Vaccination in the Punjab 1867-1880 - 1867-1880
Year: 1867
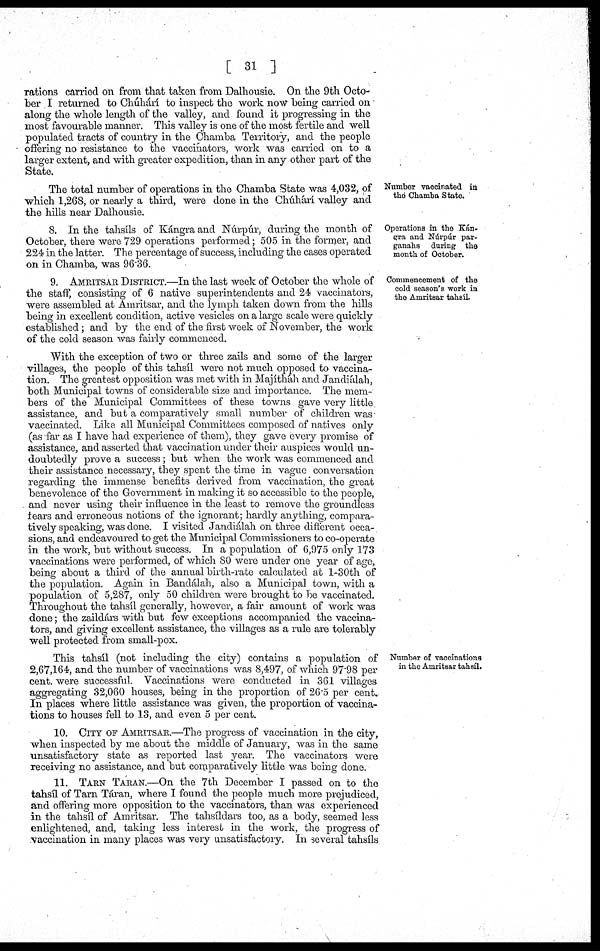
[ 31 ]
rations carried on from that taken from Dalhousie. On the 9th Octo-
ber I returned to Chúhárí to inspect the work now being carried on
along the whole length of the valley, and found it progressing in the
most favourable manner. This valley is one of the most fertile and well
populated tracts of country in the Chamba Territory, and the people
offering no resistance to the vaccinators, work was carried on to a
larger extent, and with greater expedition, than in any other part of the
State.
Number vaccinated in
the Chamba State.
The total number of operations in the Chamba State was 4,032, of
which 1,268, or nearly a third, were done in the Chúhárí valley and
the hills near Dalhousie.
Oporations in the Kán-
gra and Núrpúr par-
ganahs during the
month of October.
8. In the tahsíls of Kángra and Núrpúr, during the month of
October, there were 729 operations performed; 505 in the former, and
224 in the latter. The percentage of success, including the cases operated
on in Chamba, was 96.36.
Commencement of the
cold season's work in
the Amritsar tahsíl.
9. AMRITSAR DISTRICT.—In the last week of October the whole of
the staff, consisting of 6 native superintendents and 24 vaccinators,
were assembled at Amritsar, and the lymph taken down from the hills
being in excellent condition, active vesicles on a large scale were quickly
established; and by the end of the first week of November, the work
of the cold season was fairly commenced.
With the exception of two or three zails and some of the larger
villages, the people of this tahsíl were not much opposed to vaccina-
tion. The greatest opposition was met with in Majítháh and Jandiúlah,
both Municipal towns of considerable size and importance. The mem-
bers of the Municipal Committees of these towns gave very little
assistance, and but a comparatively small number of children was
vaccinated. Like all Municipal Committees composed of natives only
(as far as I have had experience of them), they gave every promise of
assistance, and asserted that vaccination under their auspices would un-
doubtedly prove a success; but when the work was commenced and
their assistance necessary, they spent the time in vague conversation
regarding the immense benefits derived from vaccination, the great
benevolence of the Government in making it so accessible to the people,
and never using their influence in the least to remove the groundless
fears and erroneous notions of the ignorant; hardly anything, compara-
tively speaking, was done. I visited Jandiálah on three different occa-
sions, and endeavoured to get the Municipal Commissioners to co-operate
in the work, but without success. In a population of 6,975 only 173
vaccinations were performed, of which 80 were under one year of age,
being about a third of the annual birth-rate calculated at 1-30th of
the population. Again in Bandálah, also a Municipal town, with a
population of 5,287, only 50 children were brought to be vaccinated.
Throughout the tahsíl generally, however, a fair amount of work was
done; the zaildárs with but few exceptions accompanied the vaccina-
tors, and giving excellent assistance, the villages as a rule are tolerably
well protected from small-pox.
Number of vaccinationa
in the Amritsar tahsíl.
This tahsíl (not including the city) contains a population of
2,67,164, and the number of vaccinations was 8,497, of which 97.98 per
cent. were successful. Vaccinations were conducted in 361 villages
aggregating 32,060 houses, being in the proportion of 26.5 per cent.
In places where little assistance was given, the proportion of vaccina-
tions to houses fell to 13, and even 5 per cent.
10. CITY OF AMRITSAR.The progress of vaccination in the city,
when inspected by me about the middle of January, was in the same
unsatisfactory state as reported last year. The vaccinators were
receiving no assistance, and but comparatively little was being done.
11. TARN TARAN.—On the 7th December I passed on to the
tahsíl of Tarn Táran, where I found the people much more prejudiced,
and offering more opposition to the vaccinators, than was experienced
in the tahsíl of Amritsar. The tahsíldars too, as a body, seemed less
enlightened, and, taking less interest in the work, the progress of
vaccination in many places was very unsatisfactory. In several tahsíls